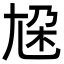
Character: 尮